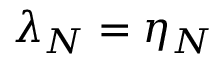
\lambda _ { N } = \eta _ { N }